Report of the Indian Hemp Drugs Commission, 1894-1895 - Volume II
Year: 1894
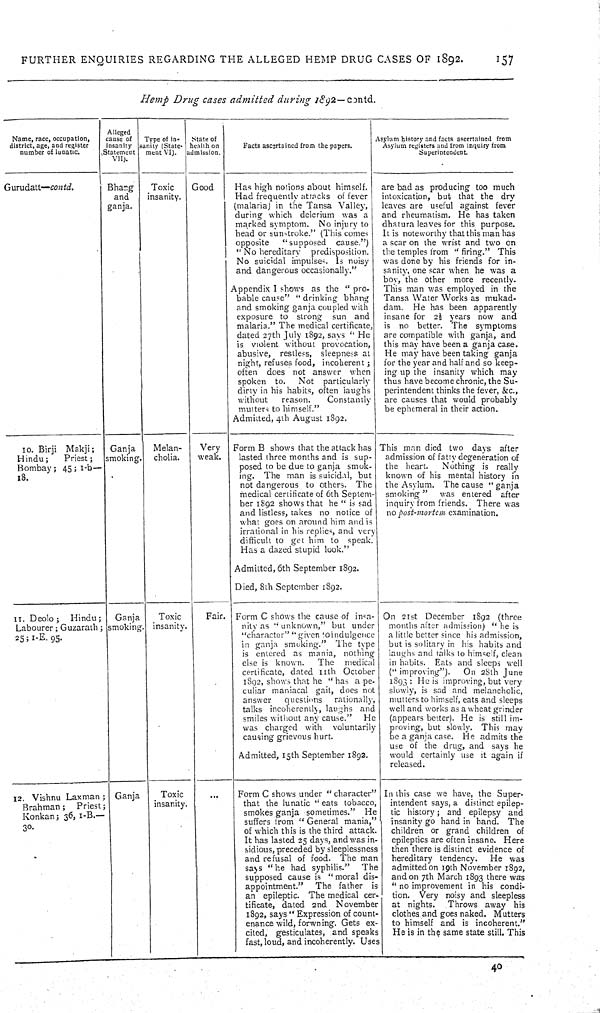
FURTHER ENQUIRIES REGARDING THE ALLEGED HEMP DRUG CASES OF 1892.
157
Hemp Drug cases admitted during 1892—contd.
Name, race, occupation,
district, age, and register
number of lunatic.
Alleged
cause of
insanity
(Statement
VII).
Type of in-
sanity (State-
ment VI).
State of
health on
admission.
Facts ascertained from the papers.
Asylum history and facts ascertained from
Asylum registers and from inquiry from
Superintendent.
Gurudatt—contd.
Bhang
and
ganja.
Toxic
insanity.
Good
Has high notions about himself.
Had frequently attacks of fever
(malaria) in the Tansa Valley,
during which delerium was a
marked symptom. No injury to
head or sunstroke." (This comes
opposite
"supposed cause.")
"No hereditary predisposition.
No suicidal impulses. Is noisy
and dangerous occasionally."
Appendix I shows as the "pro-
bable cause" "drinking bhang
and smoking ganja coupled with
exposure to strong sun and
malaria." The medical certificate,
dated 27th July 1892, says "He
is violent without provocation,
abusive, restless, sleepness at
night, refuses food, incoherent;
often does not answer when
spoken to. Not particularly
dirty in his habits, often laughs
without
reason.
Constantly
mutters to himself."
Admitted, 4th August 1892.
are bad as producing too much
intoxication, but that the dry
leaves are useful against fever
and rheumatism. He has taken
dhatura leaves for this purpose.
It is noteworthy that this man has
a scar on the wrist and two on
the temples from "firing." This
was done by his friends for in-
sanity, one scar when he was a
This man was employed in the
Tansa Water Works as mukad-
dam. He has been apparently
insane for 2½ years now and
is no better. The symptoms
are compatible with ganja, and
this may have been a ganja case.
He may have been taking ganja
for the year and half and so keep-
ing up the insanity which may
thus have become chronic, the Su-
perintendent thinks the fever, &c.,
are causes that would probably
be ephemeral in their action.
10. Birji Makji;
Hindu;
Priest;
Bombay; 45; 1-b—
18.
Ganja
smoking.
Melan-
cholia.
Very
weak.
Form B shows that the attack has
lasted three months and is sup-
posed to be due to ganja smok-
ing. The man is suicidal, but
not dangerous to others. The
medical certificate of 6th Septem-
ber 1892 shows that he "is sad
and listless, takes no notice of
what goes on around him and is
irrational in his replies, and very
difficult to get him to speak.
Has a dazed stupid look."
Admitted, 6th September 1892.
Died, 8th September 1892.
This man died two days after
admission of fatty degeneration of
the heart.
Nothing is really
known of his mental history in
the Asylum. The cause "ganja
smoking" was entered after
inquiry from friends. There was
no post-mortem examination.
11. Deolo; Hindu;
Labourer; Guzarath;
25; 1-E. 95.
Ganja
smoking.
Toxic
insanity.
Fair. Form C shows the cause of insa-
nity as "unknown," but under
"character" "given to indulgence
in ganja smoking." The type
is entered as mania, nothing
else is known. The medical
certificate, dated 11th October
1892, shows that he "has a pe-
culiar maniacal gait, does not
answer
questions
rationally,
talks incoherently, laughs and
smiles without any cause." He
was charged with voluntarily
causing grievous hurt.
Admitted, 15th September 1892.
On 21st December 1892 (three
months after admission) "he is
a little better since his admission,
but is solitary in his habits and
laughs and talks to himself, clean
in habits. Eats and sleeps well
("improving").
On 28th June
1893: He is improving, but very
slowly, is sad and melancholic,
mutters to himself, eats and sleeps
well and works as a wheat grinder
(appears better). He is still im-
proving, but slowly. This may
be a ganja case. He admits the
use of the drug, and says he
would certainly use it again if
released.
12. Vishnu Laxman;
Brahman; Priest;
Konkan; 36, 1-B.—
30.
Ganja
Toxic
insanity.
Form C shows under "character"
that the lunatic "eats tobacco,
smokes ganja sometimes." He
suffers from "General mania,"
of which this is the third attack.
It has lasted 25 days, and was in-
sidious, preceded by sleeplessness
and refusal of food. The man
says "he had syphilis." The
supposed cause is "moral dis-
appointment." The father is
an epileptic. The medical cer-
tificate, dated 2nd November
1892, says "Expression of count-
enance wild, forwriting. Gets ex-
cited, gesticulates, and speaks
fast, loud, and incoherently. Uses
In this case we have, the Super-
intendent says, a distinct epilep-
tic history; and epilepsy and
insanity go hand in hand. The
children or grand children of
epileptics are often insane. Here
then there is distinct evidence of
hereditary tendency. He was
admitted on 19th November 1892,
and on 7th March 1893 there was
"no improvement in his condi-
tion. Very noisy and sleepless
at nights. Throws away his
clothes and goes naked. Mutters
to himself and is incoherent."
He is in the same state still. This
40